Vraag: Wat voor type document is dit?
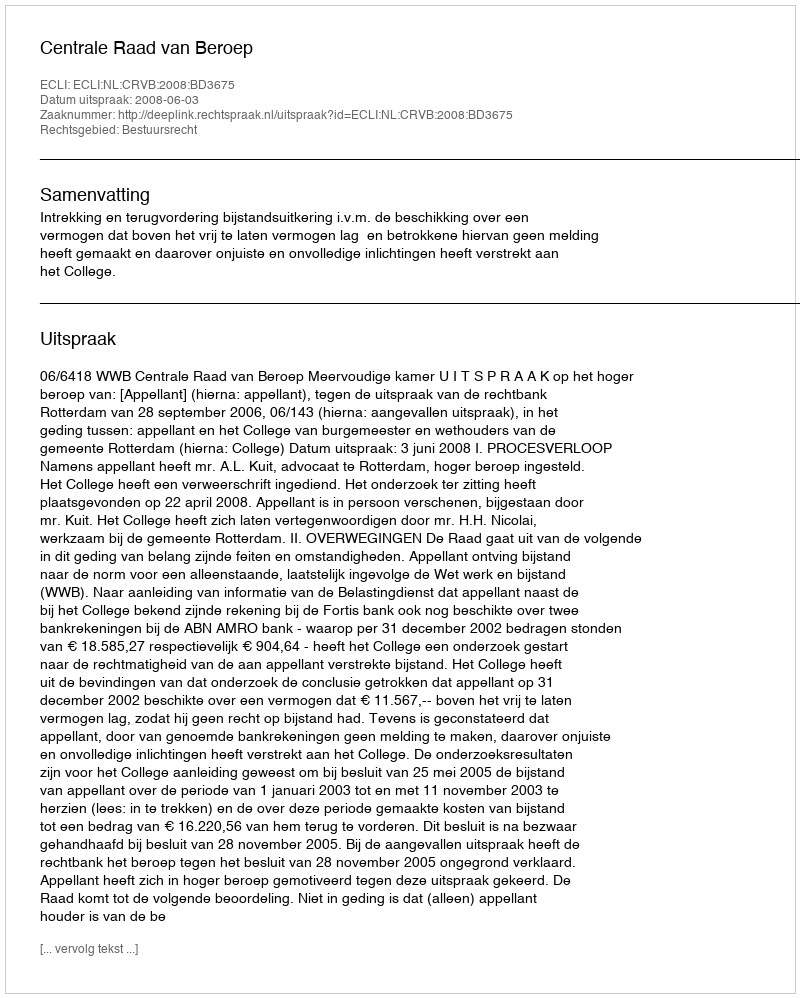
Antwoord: Uitspraak